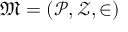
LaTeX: { \mathfrak { M } } = ( { \mathcal { P } } , { \mathcal { Z } } , \in )